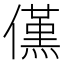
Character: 𠏽